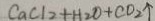
C a C 1 _ { 2 } + H _ { 2 } O + C O _ { 2 } \uparrow